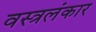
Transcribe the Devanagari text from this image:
वस्त्रलंकार